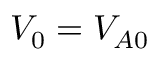
V _ { 0 } = V _ { A 0 }